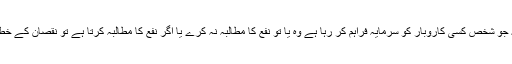
جس کے اثرات تقسیم دولت کے نظام پر بھی مرتب ہوں اور سرمایہ کاری کا اسلامی تصور یہ ہے کہ جو شخص کسی کاروبار کو سرمایہ فراہم کر رہا ہے وہ یا تو نفع کا مطالبہ نہ کرے یا اگر نفع کا مطالبہ کرتا ہے تو نقصان کے خطرے میں بھی شریک ہو لہذا غیر سودی بینکاری میں بنیادی طور پر اس تصور کا تحفظ ضروری ہے۔